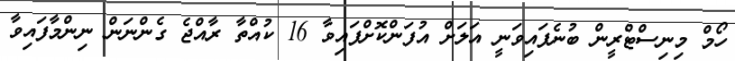
ހޯމް މިނިސްޓްރީން ބުނެފައިވަނީ އަލަށް އުފަންކޮށްފައިވާ 16 ކުއްތާ ރާއްޖެ ގެންނަން ނިންމާފައިވާ